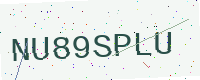
Text: NU89SPLU